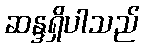
ဆန္ဒရှိပါသည်